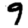
Digit: 9